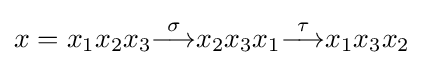
x=x_{1}x_{2}x_{3}{\overset {\sigma }{\longrightarrow }}x_{2}x_{3}x_{1}{\overset {\tau }{\longrightarrow }}x_{1}x_{3}x_{2}